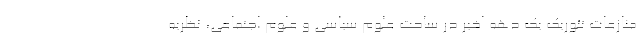
منازعات تئوریک یک دهه اخیر در ساحت علوم سیاسی و علوم اجتماعی، نظریه